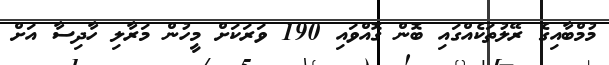
މުމްބާއިގެ ރޭލުތަކެއްގައި ބޮން ގޮއްވައި 190 ވަރަކަށް މީހުން މަރާލި ހާދިސާ އަށް